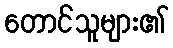
တောင်သူများ၏